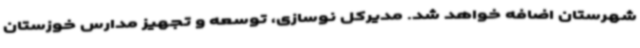
شهرستان اضافه خواهد شد. مدیرکل نوسازی، توسعه و تجهیز مدارس خوزستان